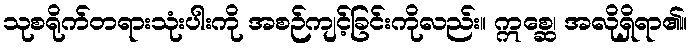
သုစရိုက်တရားသုံးပါးကို အစဉ်ကျင့်ခြင်းကိုလည်း။ ဣစ္ဆေ၊ အလိုရှိရာ၏။